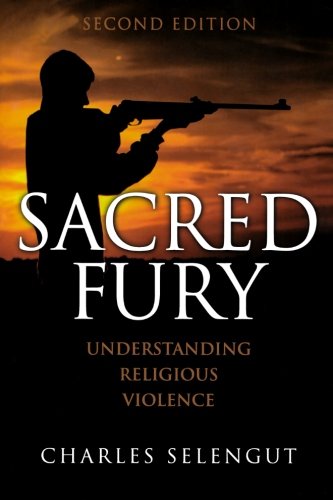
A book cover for Sacred Fury: Understanding Religious Violence; Charles Selengut; Christian Books & Bibles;